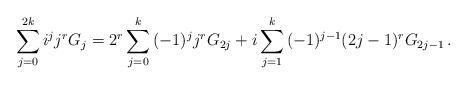
LaTeX: \begin{align*}\sum_{j = 0}^{2k} {i^j j^r G_j } = 2^r \sum_{j = 0}^k {( - 1)^j j^r G_{2j} } + i\sum_{j = 1}^k {( - 1)^{j - 1} (2j - 1)^r G_{2j - 1} }\,.\end{align*}